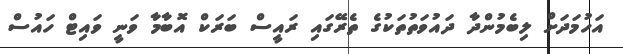
އަހުމަދަށް ލިބެމުންދާ ދައުވަތުތަކުގެ ތެރޭގައި ރައީސް ބަރަކް އޮބާމާ ވަނީ ވައިޓް ހައުސް